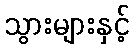
သွားများနှင့်